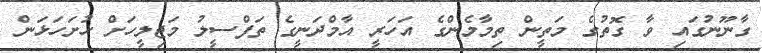
ގާނޫނުގައި ވާ ގޮތުގެ މަތީން ތިމާމެންގެ އަހަރީ އާމްދަނީގެ ތަފްސީލު މަޖިލީހަށް ހުށަހަޅަން